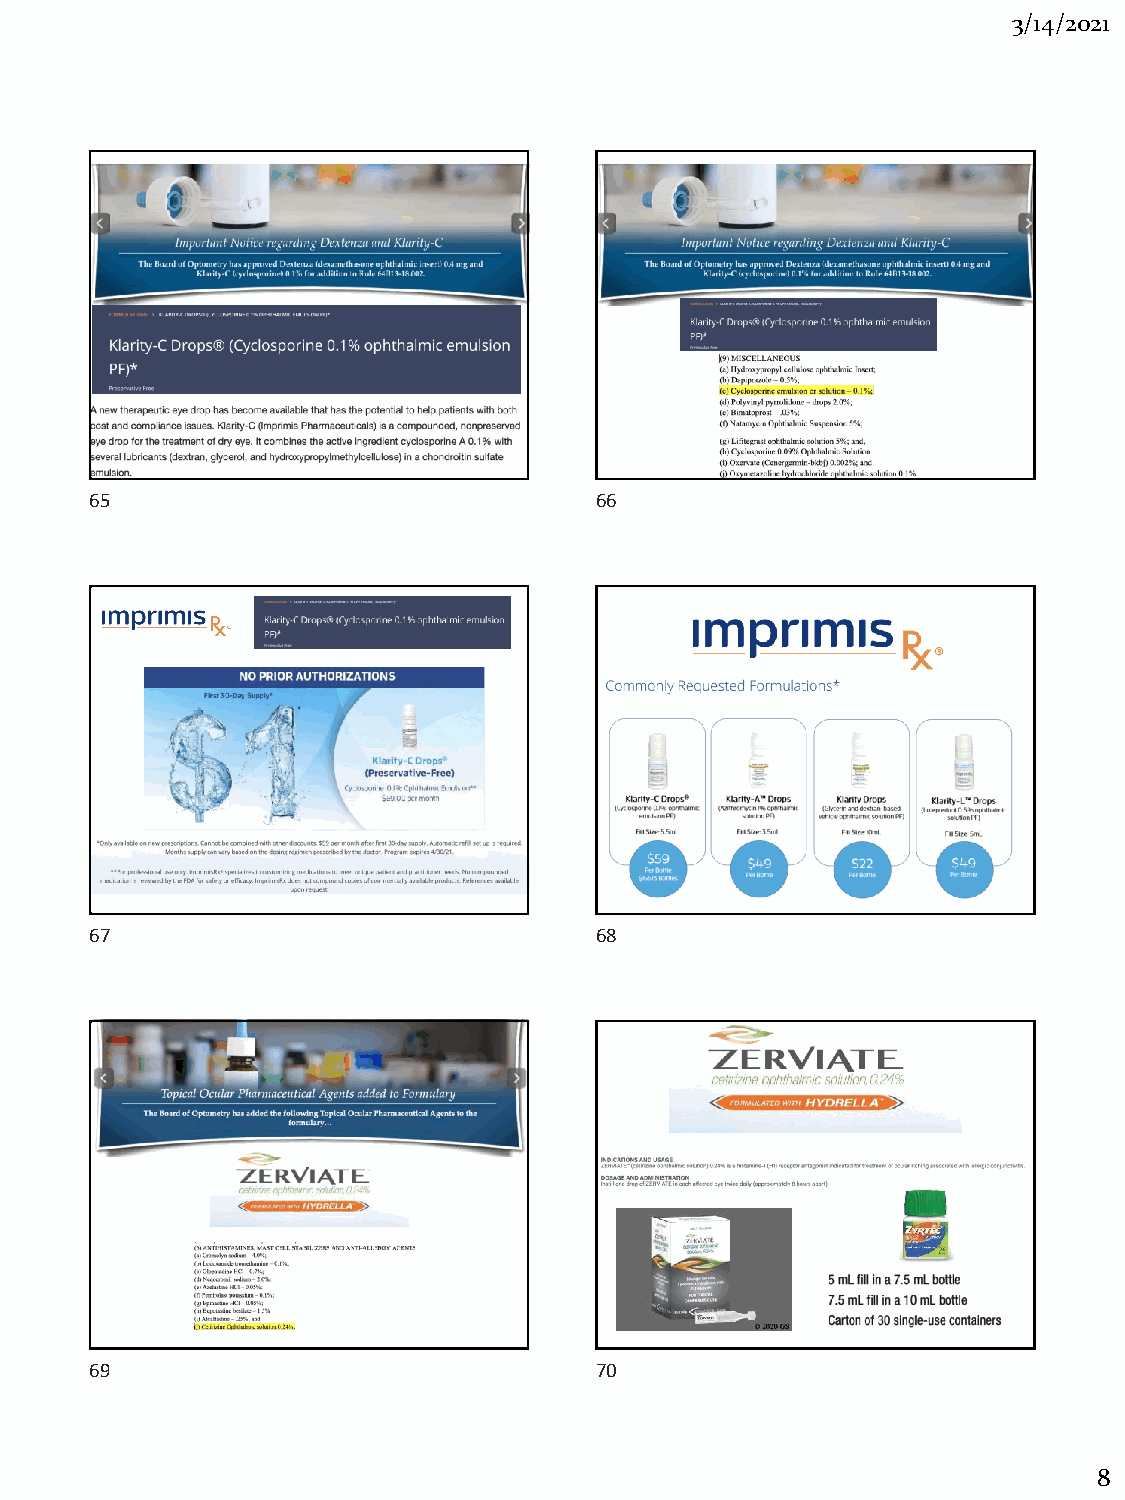
3/14/2021
 65                               66
 67                               68
 69                               70
 8